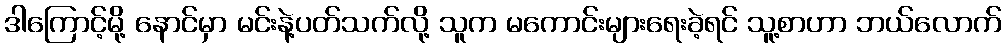
ဒါကြောင့်မို့ နောင်မှာ မင်းနဲ့ပတ်သက်လို့ သူက မကောင်းများရေးခဲ့ရင် သူ့စာဟာ ဘယ်လောက်